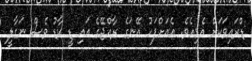
ޑްރައިވަކަށް އެޅިއެވެ. އެއަށްފަހު އޭނަގެ ރާއްޖޭގެ އައި ޑީ ކާޑު ވެސް ނަގާލީ